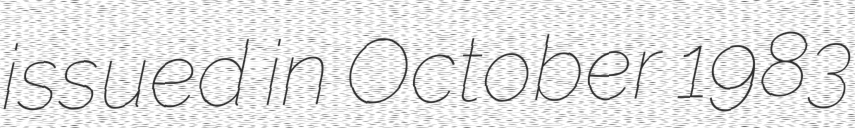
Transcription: issued in October 1983